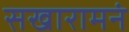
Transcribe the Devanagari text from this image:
सखारामनं